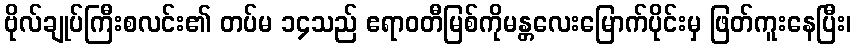
ဗိုလ်ချုပ်ကြီးစလင်း၏ တပ်မ ၁၄သည် ဧရာဝတီမြစ်ကိုမန္တလေးမြောက်ပိုင်းမှ ဖြတ်ကူးနေပြီး၊